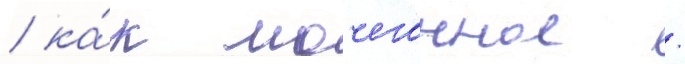
/ ка́к мочегонное /